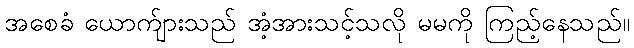
အစေခံ ယောက်ျားသည် အံ့အားသင့်သလို မမကို ကြည့်နေသည်။